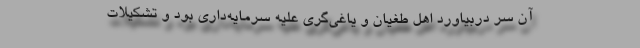
آن سر دربیاورد اهل طغیان و یاغی‌گری علیه سرمایه‌داری بود و تشکیلات